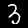
Digit: 3